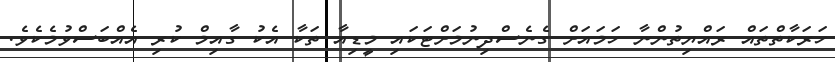
ހަރަކާތްތައް ރައްޔިތުންނާ ހަމައަށް ގެނެސްދިނުމަށްޓަކައި މީޑިއާ ތަކާ އެކު ގާއިމް ކުރި އެއްބަސްވުމެކެވެ.